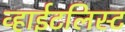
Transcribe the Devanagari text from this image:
व्हाईटलिस्ट